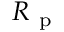
R _ { \mathrm { ~ p ~ } }